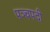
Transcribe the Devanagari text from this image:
पञ्चपदी